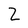
Character: Z